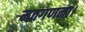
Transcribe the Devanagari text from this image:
मतगणना।